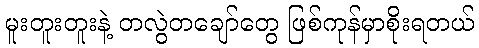
မူးတူးတူးနဲ့ တလွဲတချော်တွေ ဖြစ်ကုန်မှာစိုးရတယ်